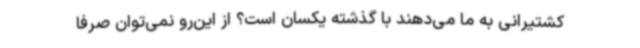
کشتیرانی به ما می‌دهند با گذشته یکسان است؟ از این‌رو نمی‌توان صرفا